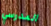
المدرسي